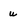
Character: u